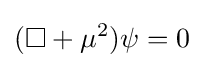
(\Box +\mu ^{2})\psi =0